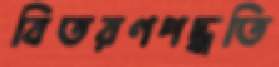
বিতরণপদ্ধতি